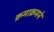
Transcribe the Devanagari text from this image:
क्रमाक्रमने